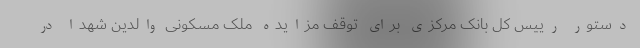
دستور رییس کل بانک مرکزی برای توقف مزایده ملک مسکونی والدین شهدا در